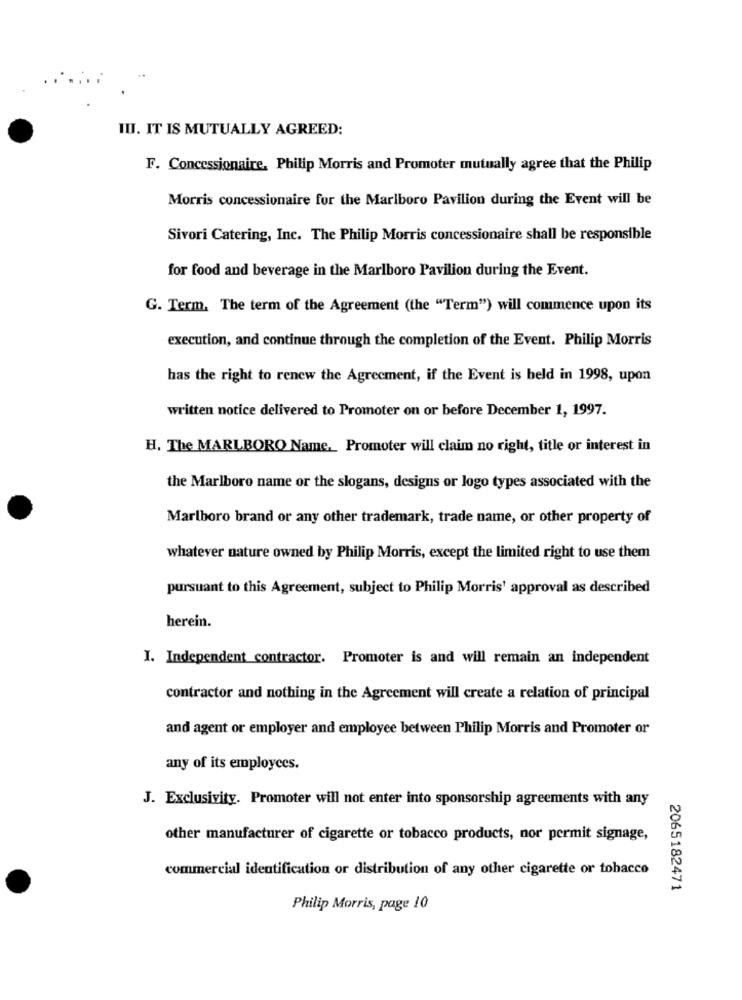
II. IT IS MUTUALLY AGREED:
F. Concessionaire, Philip Morris and Promoter mutually agree that the Philip
Morris concessionaire for the Marlboro Pavilion during the Event will be
Sivori Catering, Inc. The Philip Morris concessionaire shall be responsible
for food and beverage in the Marlboro Pavilion during the Event.
G. Term. The term of the Agreement (the "Term") will commence upon its
execution, and continue through the completion of the Event. Philip Morris
has the right to renew the Agreement, if the Event is beld in 1998, upon
written notice delivered to Promoter on or before December 1, 1997.
H. The MARLBORO Name ,_ Promoter will claim no right, title or interest in
the Marlboro name or the slogans, designs or logo types associated with the
Marlboro brand or any other trademark, trade name, or other property of
whatever nature owned by Philip Morris, except the limited right to use them
pursuant to this Agreement, subject to Philip Morris' approval as described
herein.
I. Independent contractor. Promoter is and will remain an independent
contractor and nothing in the Agreement will create a relation of principal
and agent or employer and employee between Philip Morris and Promoter or
any of its employees.
J. Exclusivity. Promoter will not enter into sponsorship agreements with any
other manufacturer of cigarette or tobacco products, nor permit signage,
commercial identification or distribution of any other cigarette or tobacco
2065182471
Philip Morris, page 10